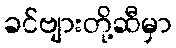
ခင်ဗျားတို့ဆီမှာ